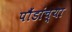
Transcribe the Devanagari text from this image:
पौंडांच्या